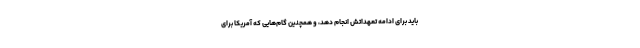
باید برای ادامه تعهداتش انجام دهد، و همچنین گام‌هایی که آمریکا برای